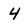
Character: 4